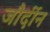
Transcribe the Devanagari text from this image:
जौर्दीन